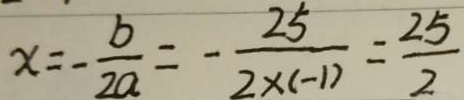
x = - \frac { b } { 2 a } = - \frac { 2 5 } { 2 \times ( - 1 ) } = \frac { 2 5 } { 2 }